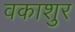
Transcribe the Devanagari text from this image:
वकाशुर